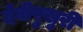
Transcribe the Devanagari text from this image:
देवीपुखुरी